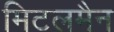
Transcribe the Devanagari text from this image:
मिटलमैन